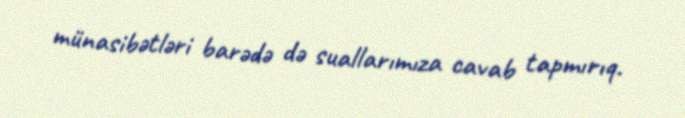
münasibətləri barədə də suallarımıza cavab tapmırıq.